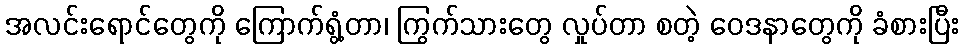
အလင်းရောင်တွေကို ကြောက်ရွံ့တာ၊ ကြွက်သားတွေ လှုပ်တာ စတဲ့ ဝေဒနာတွေကို ခံစားပြီး